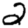
Digit: 2